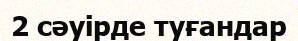
2 сәуірде туғандар